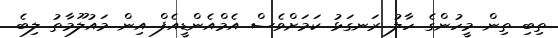
ތިބި ތިން މީހުންގެ ހާލު ރަނގަޅު ކަމަށްވެސް އެމްއެންޑީއެފް އިން މައުލޫމާތު ލިބެ